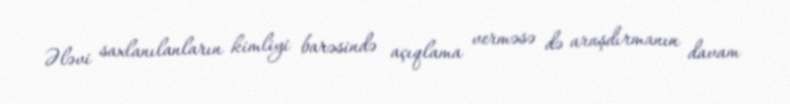
Ələvi saxlanılanların kimliyi barəsində açıqlama verməsə də araşdırmanın davam